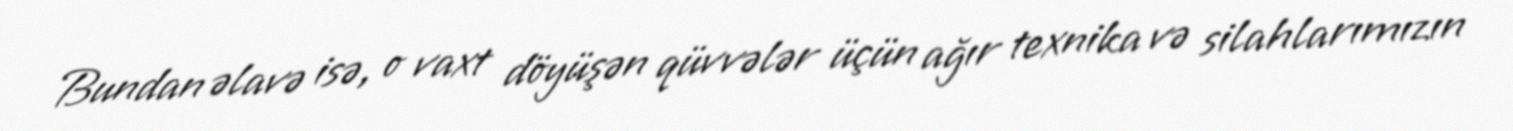
Bundan əlavə isə, o vaxt döyüşən qüvvələr üçün ağır texnika və silahlarımızın